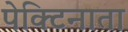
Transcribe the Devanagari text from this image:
पेक्टिनाता